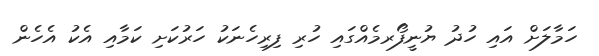
ހަމާލަށް އައި ހުދު ޔުނީފޯރމެއްގައި ހުރި ފިރިހެނަކު ހަރުކަށި ކަމާއި އެކު އެހެން